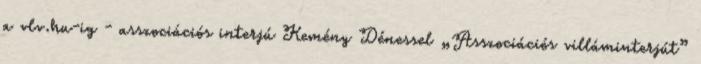
a vlv.hu-ig - asszociációs interjú Kemény Dénessel „Asszociációs villáminterjút”